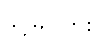
ခွင့်မပြုဘူး။